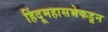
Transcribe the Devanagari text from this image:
हिंदूमहासभेकडून